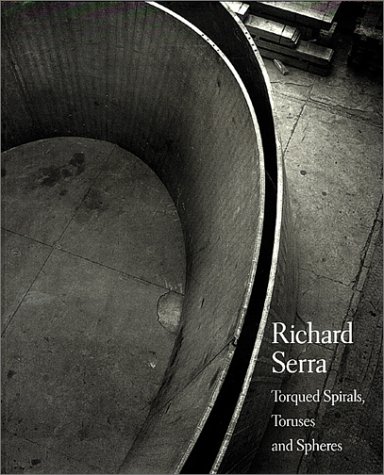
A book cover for Richard Serra: Torqued Spirals, Toruses and Spheres; Richard Serra; Arts & Photography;